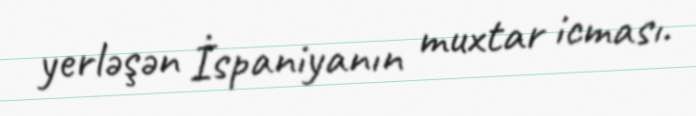
yerləşən İspaniyanın muxtar icması.